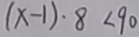
( x - 1 ) \cdot 8 < 9 0